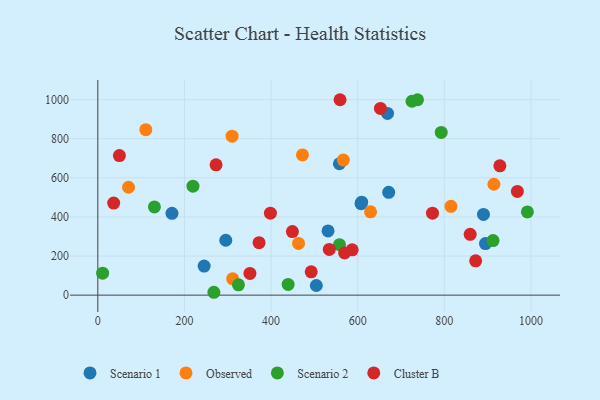
{"axis": {"x": "Distance", "y": "Salary"}, "legend": ["Cluster B", "Observed", "Scenario 1", "Scenario 2"], "data": [{"x": "607.8", "y": 467.6, "type": "Scenario 1"}, {"x": "171.2", "y": 418.6, "type": "Scenario 1"}, {"x": "668.9", "y": 929.2, "type": "Scenario 1"}, {"x": "295.4", "y": 280.8, "type": "Scenario 1"}, {"x": "557.8", "y": 672.0, "type": "Scenario 1"}, {"x": "671.6", "y": 525.7, "type": "Scenario 1"}, {"x": "504.5", "y": 49.2, "type": "Scenario 1"}, {"x": "895.0", "y": 263.7, "type": "Scenario 1"}, {"x": "245.5", "y": 148.6, "type": "Scenario 1"}, {"x": "890.4", "y": 412.6, "type": "Scenario 1"}, {"x": "531.6", "y": 328.6, "type": "Scenario 1"}, {"x": "609.2", "y": 475.4, "type": "Scenario 1"}, {"x": "914.5", "y": 567.2, "type": "Observed"}, {"x": "110.8", "y": 846.3, "type": "Observed"}, {"x": "815.4", "y": 454.1, "type": "Observed"}, {"x": "629.7", "y": 426.3, "type": "Observed"}, {"x": "472.5", "y": 717.0, "type": "Observed"}, {"x": "463.4", "y": 264.6, "type": "Observed"}, {"x": "311.3", "y": 83.4, "type": "Observed"}, {"x": "310.0", "y": 812.8, "type": "Observed"}, {"x": "70.9", "y": 551.7, "type": "Observed"}, {"x": "566.8", "y": 690.8, "type": "Observed"}, {"x": "268.0", "y": 14.6, "type": "Scenario 2"}, {"x": "912.5", "y": 279.1, "type": "Scenario 2"}, {"x": "725.4", "y": 991.5, "type": "Scenario 2"}, {"x": "792.9", "y": 831.9, "type": "Scenario 2"}, {"x": "324.7", "y": 52.9, "type": "Scenario 2"}, {"x": "738.1", "y": 999.4, "type": "Scenario 2"}, {"x": "991.8", "y": 425.3, "type": "Scenario 2"}, {"x": "11.1", "y": 112.4, "type": "Scenario 2"}, {"x": "130.7", "y": 451.0, "type": "Scenario 2"}, {"x": "558.0", "y": 258.1, "type": "Scenario 2"}, {"x": "439.4", "y": 54.8, "type": "Scenario 2"}, {"x": "219.7", "y": 557.0, "type": "Scenario 2"}, {"x": "968.7", "y": 530.3, "type": "Cluster B"}, {"x": "569.8", "y": 216.1, "type": "Cluster B"}, {"x": "772.7", "y": 419.4, "type": "Cluster B"}, {"x": "398.5", "y": 419.3, "type": "Cluster B"}, {"x": "534.4", "y": 233.6, "type": "Cluster B"}, {"x": "49.8", "y": 713.7, "type": "Cluster B"}, {"x": "559.3", "y": 999.3, "type": "Cluster B"}, {"x": "652.5", "y": 954.9, "type": "Cluster B"}, {"x": "587.3", "y": 231.6, "type": "Cluster B"}, {"x": "372.3", "y": 268.1, "type": "Cluster B"}, {"x": "928.3", "y": 661.1, "type": "Cluster B"}, {"x": "36.6", "y": 471.0, "type": "Cluster B"}, {"x": "492.7", "y": 119.4, "type": "Cluster B"}, {"x": "273.0", "y": 666.6, "type": "Cluster B"}, {"x": "449.3", "y": 324.8, "type": "Cluster B"}, {"x": "872.4", "y": 175.2, "type": "Cluster B"}, {"x": "351.2", "y": 110.8, "type": "Cluster B"}, {"x": "859.7", "y": 310.8, "type": "Cluster B"}]}